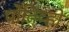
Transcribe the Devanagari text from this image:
पोंतिव्हो